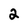
Character: 2